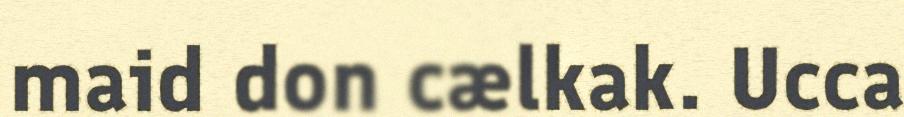
maid don cælkak. Ucca